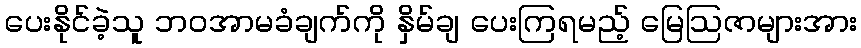
ပေးနိုင်ခဲ့သူ ဘဝအာမခံချက်ကို နှိမ်ချ ပေးကြရမည့် မြေဩဇာများအား